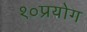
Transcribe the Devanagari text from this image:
१०प्रयोग